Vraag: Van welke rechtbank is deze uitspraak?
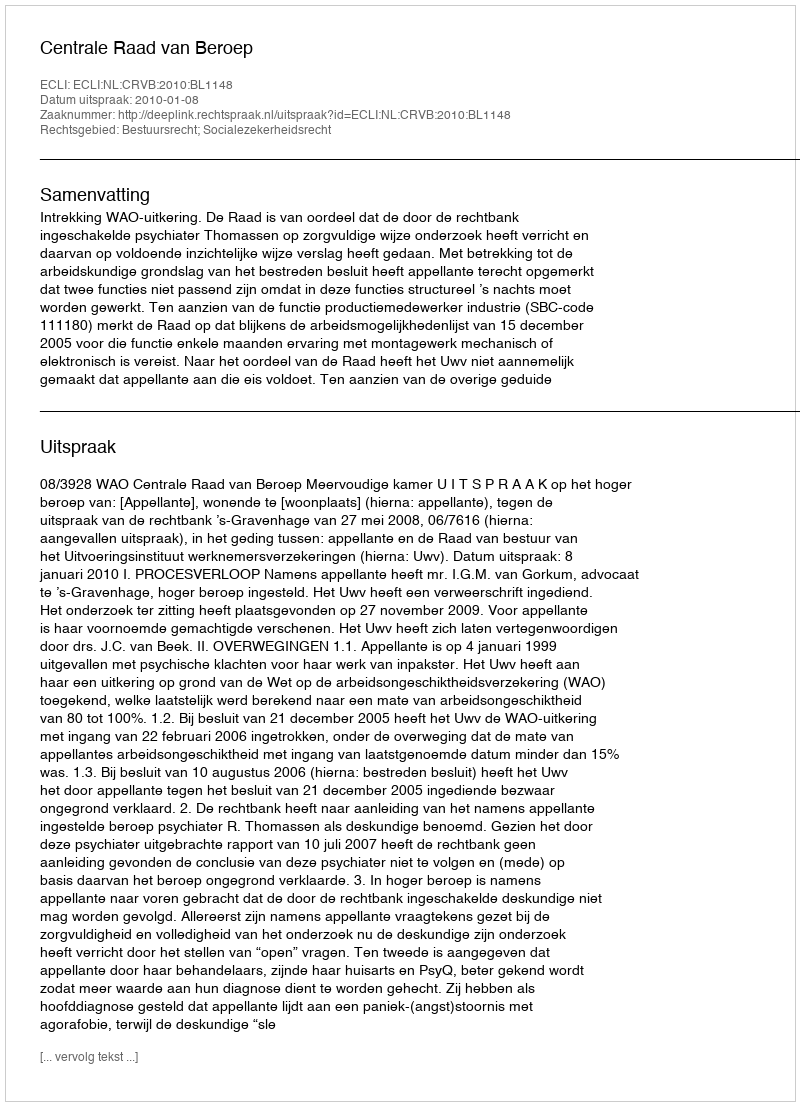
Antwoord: Centrale Raad van Beroep